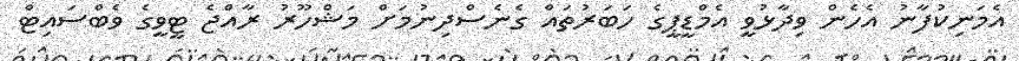
އެމަނިކުފާނު އެހެން ވިދާޅުވީ އެމްޑީޕީގެ ހަބަރުތައް ގެނެސްދިނުމަށް މަޝްހޫރު ރާއްޖެ ޓީވީގެ ވެބްސައިޓް